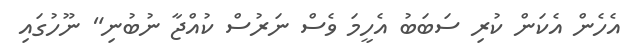
އެހެން އެކަން ކުރި ސަބަބު އެހީމަ ވެސް ނަރުސް ކުއްޖާ ނުބުނި" ނޫހުގައި